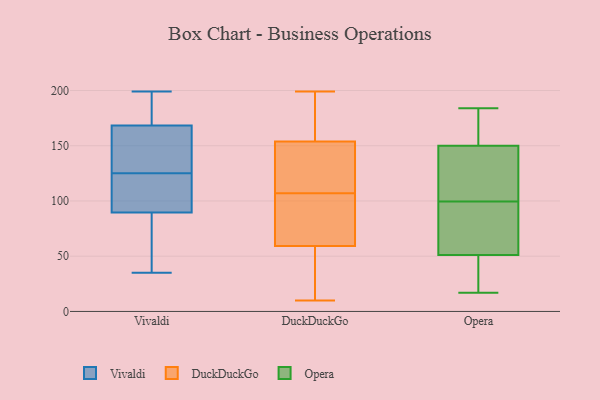
{"axis": {"x": "Tickets Resolved", "y": "Value"}, "legend": ["DuckDuckGo", "Opera", "Vivaldi"], "data": [{"x": "", "y": 125, "type": "Vivaldi"}, {"x": "", "y": 89, "type": "Vivaldi"}, {"x": "", "y": 146, "type": "Vivaldi"}, {"x": "", "y": 130, "type": "Vivaldi"}, {"x": "", "y": 84, "type": "Vivaldi"}, {"x": "", "y": 118, "type": "Vivaldi"}, {"x": "", "y": 91, "type": "Vivaldi"}, {"x": "", "y": 65, "type": "Vivaldi"}, {"x": "", "y": 178, "type": "Vivaldi"}, {"x": "", "y": 157, "type": "Vivaldi"}, {"x": "", "y": 125, "type": "Vivaldi"}, {"x": "", "y": 102, "type": "Vivaldi"}, {"x": "", "y": 104, "type": "Vivaldi"}, {"x": "", "y": 188, "type": "Vivaldi"}, {"x": "", "y": 172, "type": "Vivaldi"}, {"x": "", "y": 181, "type": "Vivaldi"}, {"x": "", "y": 49, "type": "Vivaldi"}, {"x": "", "y": 199, "type": "Vivaldi"}, {"x": "", "y": 35, "type": "Vivaldi"}, {"x": "", "y": 199, "type": "DuckDuckGo"}, {"x": "", "y": 133, "type": "DuckDuckGo"}, {"x": "", "y": 159, "type": "DuckDuckGo"}, {"x": "", "y": 150, "type": "DuckDuckGo"}, {"x": "", "y": 168, "type": "DuckDuckGo"}, {"x": "", "y": 60, "type": "DuckDuckGo"}, {"x": "", "y": 152, "type": "DuckDuckGo"}, {"x": "", "y": 14, "type": "DuckDuckGo"}, {"x": "", "y": 57, "type": "DuckDuckGo"}, {"x": "", "y": 91, "type": "DuckDuckGo"}, {"x": "", "y": 107, "type": "DuckDuckGo"}, {"x": "", "y": 10, "type": "DuckDuckGo"}, {"x": "", "y": 81, "type": "DuckDuckGo"}, {"x": "", "y": 78, "type": "Opera"}, {"x": "", "y": 150, "type": "Opera"}, {"x": "", "y": 95, "type": "Opera"}, {"x": "", "y": 183, "type": "Opera"}, {"x": "", "y": 46, "type": "Opera"}, {"x": "", "y": 104, "type": "Opera"}, {"x": "", "y": 68, "type": "Opera"}, {"x": "", "y": 184, "type": "Opera"}, {"x": "", "y": 107, "type": "Opera"}, {"x": "", "y": 111, "type": "Opera"}, {"x": "", "y": 17, "type": "Opera"}, {"x": "", "y": 152, "type": "Opera"}, {"x": "", "y": 51, "type": "Opera"}, {"x": "", "y": 42, "type": "Opera"}]}